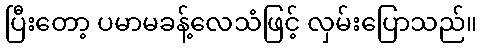
ပြီးတော့ ပမာမခန့်လေသံဖြင့် လှမ်းပြောသည်။